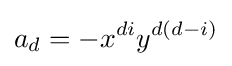
a_{d}=-x^{di}y^{d(d-i)}